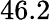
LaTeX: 46.2